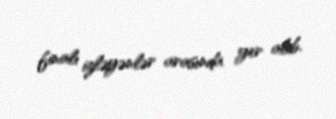
finalı izləyənlər arasında yer alıb.